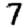
Digit: 7